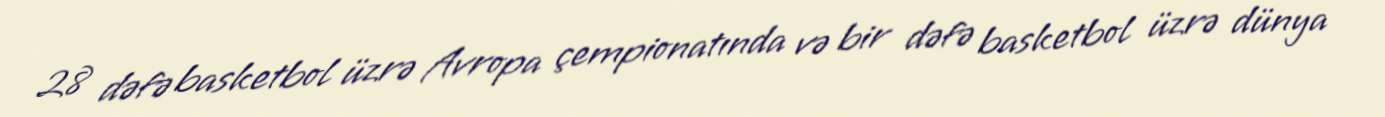
28 dəfə basketbol üzrə Avropa çempionatında və bir dəfə basketbol üzrə dünya